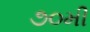
૭૦મી